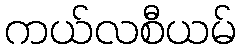
ကယ်လစီယမ်